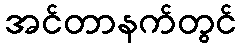
အင်တာနက်တွင်